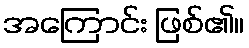
အကြောင်း ဖြစ်၏။